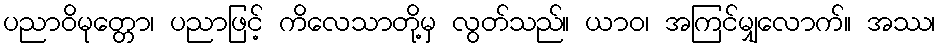
ပညာဝိမုတ္တော၊ ပညာဖြင့် ကိလေသာတို့မှ လွတ်သည်။ ယာဝ၊ အကြင်မျှလောက်။ အဿ၊